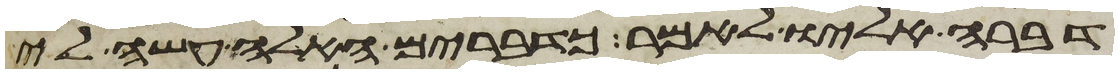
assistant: דברה אליו לאמר כדברים האלה עשה לי